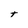
Character: t